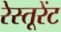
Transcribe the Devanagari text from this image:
रेस्तूरेंट